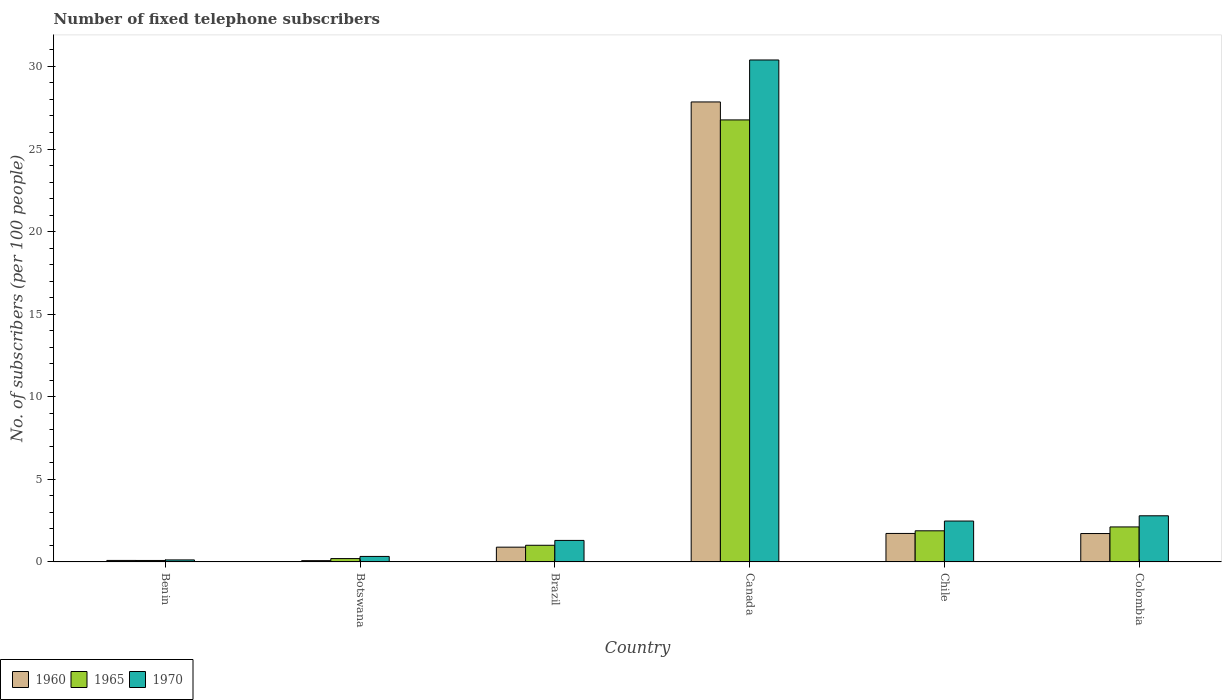
| Country | 1960 | 1965 | 1970 |
 | --- | --- | --- | --- |
 | Benin | 0.0895 | 0.0874 | 0.12 |
 | Botswana | 0.0763 | 0.201 | 0.332 |
 | Brazil | 0.893 | 1.01 | 1.3 |
 | Canada | 27.8 | 26.8 | 30.4 |
 | Chile | 1.72 | 1.88 | 2.47 |
 | Colombia | 1.72 | 2.12 | 2.79 |